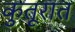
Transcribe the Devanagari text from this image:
कुतूरात